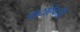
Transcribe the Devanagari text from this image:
वाटांऐवजी